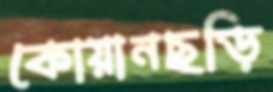
কোয়ানছড়ি